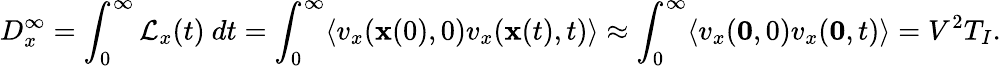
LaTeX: D_{x}^{\infty}=\int_{0}^{\infty}\mathcal{L}_{x}(t)~dt=\int_{0}^{\infty}\langle v_{x}(\mathbf{x}(0),0)v_{x}(\mathbf{x}(t),t)\rangle\approx\int_{0}^{\infty}\langle v_{x}(\mathbf{0},0)v_{x}(\mathbf{0},t)\rangle=V^{2}T_{I}.